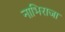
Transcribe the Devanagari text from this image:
नाभिराजा